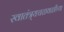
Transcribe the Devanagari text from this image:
स्वातंत्र्यचळवळीच्या